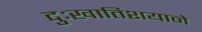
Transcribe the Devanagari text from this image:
दुःखातिशयाने